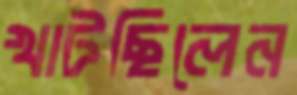
খাটছিলেন